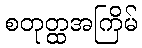
စတုတ္ထအကြိမ်